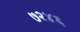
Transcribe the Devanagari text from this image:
७२४६